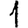
Digit: 1